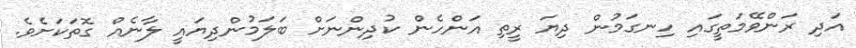
އަދި ރަންވޭމަތީގައި ހިނގަމުން ދިޔަ ރީތި އަންހެން ކުދިންނަށް ބަލަމުންދިޔައީ ލާނެއް ގޮތަކަށެވެ.